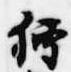
狩